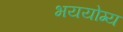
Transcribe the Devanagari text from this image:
भययोग्य